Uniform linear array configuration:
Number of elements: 24
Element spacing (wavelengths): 1
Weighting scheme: hann
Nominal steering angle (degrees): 0
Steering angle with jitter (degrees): -1.017
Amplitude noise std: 0.05
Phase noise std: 0.05

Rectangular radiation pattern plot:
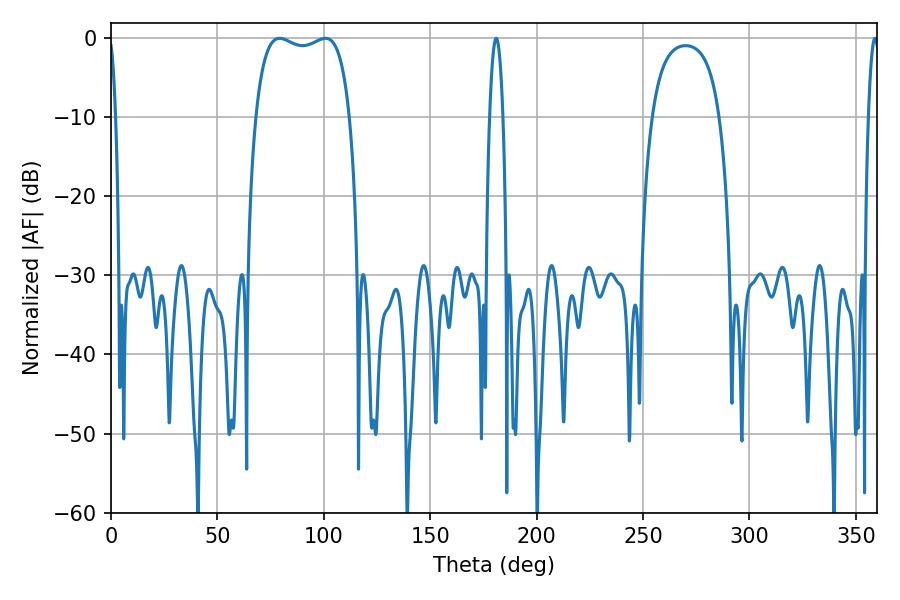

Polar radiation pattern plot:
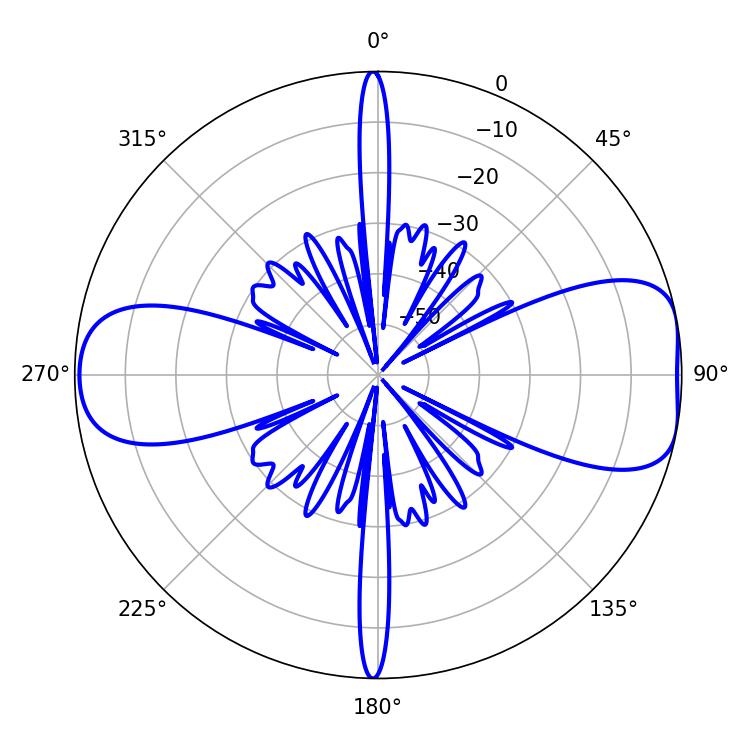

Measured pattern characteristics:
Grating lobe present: TRUE
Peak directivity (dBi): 8.608
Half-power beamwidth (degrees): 36
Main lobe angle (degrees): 79.2